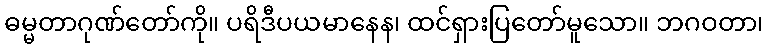
ဓမ္မတာဂုဏ်တော်ကို။ ပရိဒီပယမာနေန၊ ထင်ရှားပြတော်မူသော။ ဘဂဝတာ၊